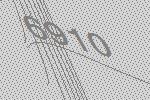
6910